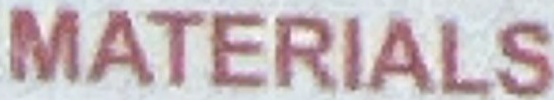
MATERIALS